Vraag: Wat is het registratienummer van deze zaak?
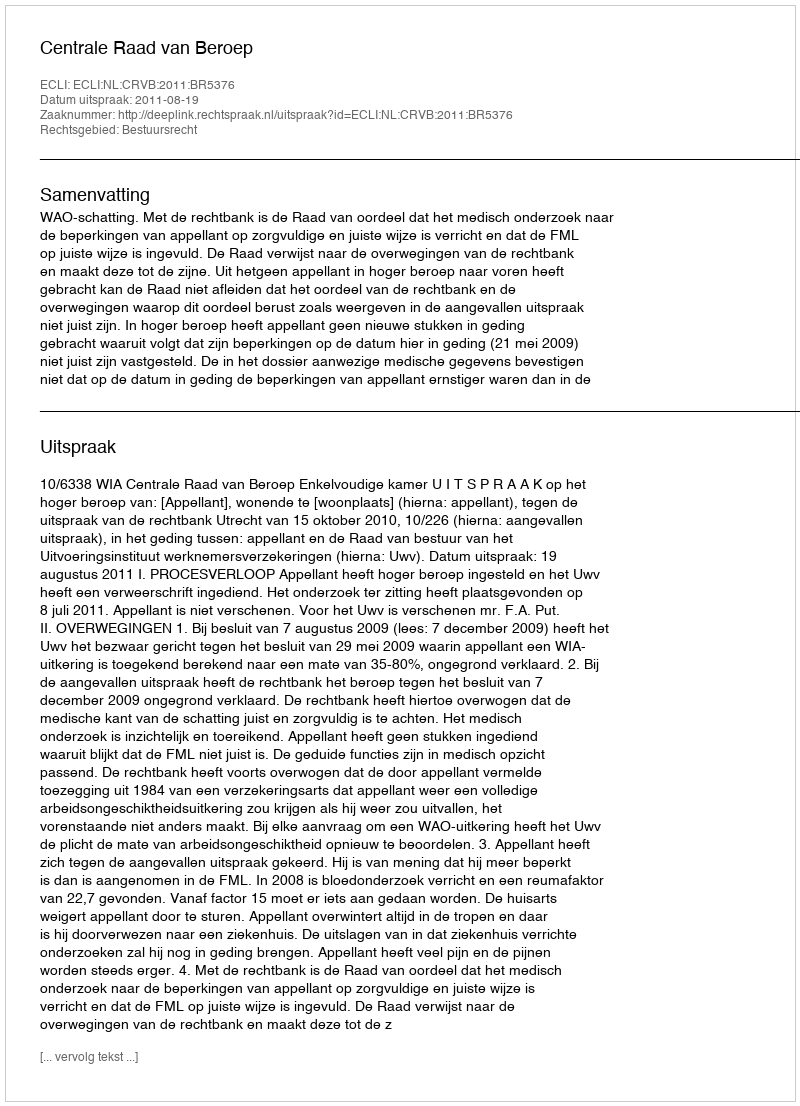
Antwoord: http://deeplink.rechtspraak.nl/uitspraak?id=ECLI:NL:CRVB:2011:BR5376